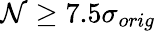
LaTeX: \mathcal{N}\ge 7.5\sigma_{orig}